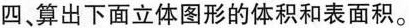
四、算出下面立体图形的体积和表面积。